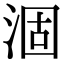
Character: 涸